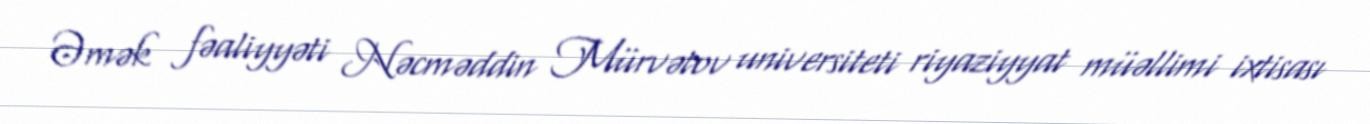
Əmək fəaliyyəti Nəcməddin Mürvətov universiteti riyaziyyat müəllimi ixtisası